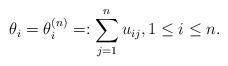
LaTeX: \begin{gather*}\theta_{i}= \theta_{i}^{(n)}=:\sum\limits_{j=1}^{n} u_{ij}, 1 \le i \le n.\end{gather*}